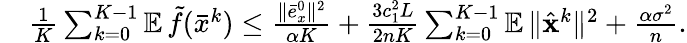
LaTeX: \begin{array}{rl}&{\textstyle\frac{1}{K}\sum_{k=0}^{K-1}\mathop{\mathbb{E}}\tilde{f}(\bar{x}^{k})\leq\frac{\| \bar{e}_{x}^{0}\| ^{2}}{\alpha K}+\frac{3c_{1}^{2}L}{2nK}\sum_{k=0}^{K-1}\mathop{\mathbb{E}}\| \hat{{\mathbf{x}}}^{k}\| ^{2}+\frac{\alpha\sigma^{2}}{n}.}\end{array}